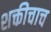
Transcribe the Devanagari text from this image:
शक्तीचाच